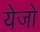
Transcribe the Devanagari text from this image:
येजो